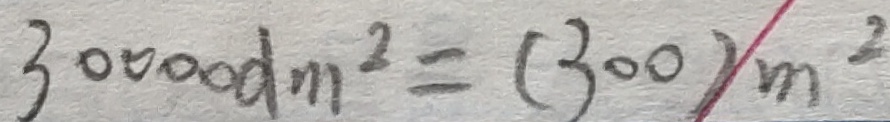
3 0 0 0 0 d m ^ { 2 } = ( 3 0 0 ) m ^ { 2 }